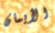
الأيمان